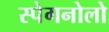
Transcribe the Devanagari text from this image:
स्पेगनोलो